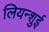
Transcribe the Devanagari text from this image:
लियन्शुई